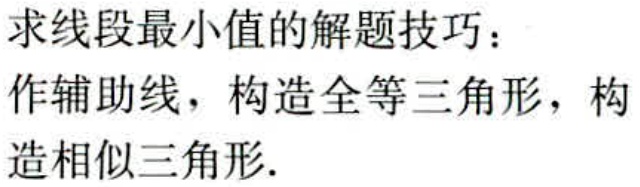
求线段最小值的解题技巧：

作辅助线，构造全等三角形，构

造相似三角形.